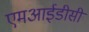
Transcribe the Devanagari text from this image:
एमआईडीसी